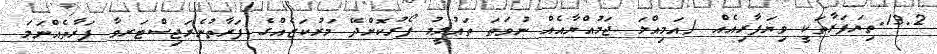
13.2.ތިޔަފަރާތަކީ ވިޔަފާރިއެއް /އަމިއްލަ ޖަމުއްޔާއެއް ނުވަތަ ތަޢުލީމު ފޯރުކޮށްދޭ މަރުކަޒެއްގެ ފަރާތުނެރަޖިސްޓަރވާ ފަރާތެއްނަމަ